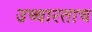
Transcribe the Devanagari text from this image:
उच्चारताच